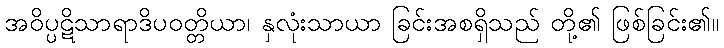
အဝိပ္ပဋိသာရာဒိပဝတ္တိယာ၊ နှလုံးသာယာ ခြင်းအစရှိသည် တို့၏ ဖြစ်ခြင်း၏။